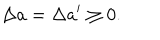
\Delta a = \Delta a ^ { \prime } \geq 0 .